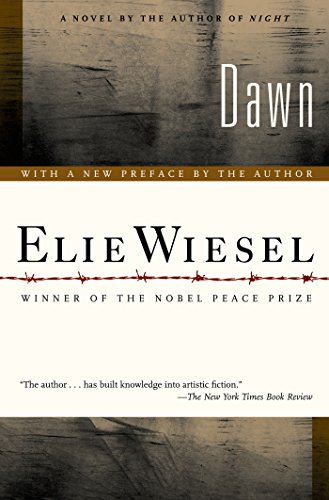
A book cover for Dawn; Elie Wiesel; Literature & Fiction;